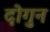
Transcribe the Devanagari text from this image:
दोगुन